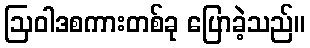
ဩဝါဒစကားတစ်ခု ပြောခဲ့သည်။